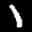
Label: 1